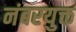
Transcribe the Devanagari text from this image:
नंबरयुक्त